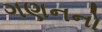
ગણનનો